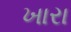
ખારા